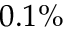
0 . 1 \%